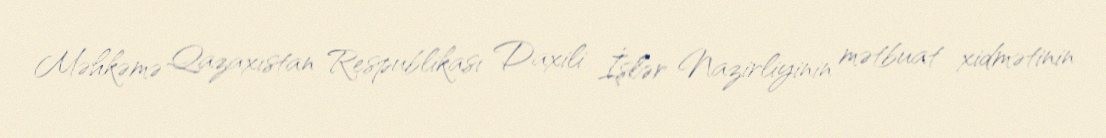
Məhkəmə Qazaxıstan Respublikası Daxili İşlər Nazirliyinin mətbuat xidmətinin